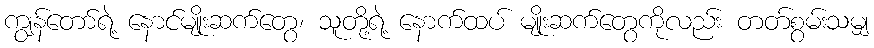
ကျွန်တော်ရဲ့ နောင်မျိုးဆက်တွေ၊ သူတို့ရဲ့ နောက်ထပ် မျိုးဆက်တွေကိုလည်း တတ်စွမ်းသမျှ